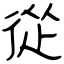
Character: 從